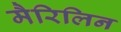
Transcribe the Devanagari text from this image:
मैरिलिन